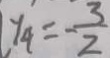
y _ { 4 } = - \frac { 3 } { 2 }